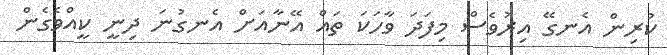
ކުރިން އެނގޭ އިރުވެސް މިފަދަ ވާހަކަ ތައް އޭނާއަށް އެނގުނަ ދިނީ ކީއްވެގެން